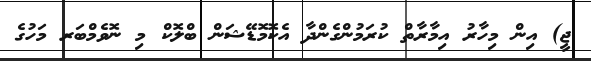
ޖީ) އިން މިހާރު އިމާރާތް ކުރަމުންގެންދާ އެކޮމޮޑޭޝަން ބްލޮކް މި ނޮވެމްބަރ މަހުގެ